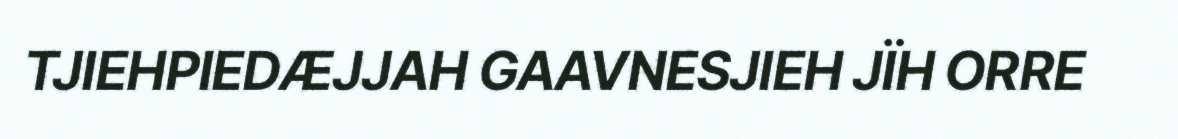
TJIEHPIEDÆJJAH GAAVNESJIEH JÏH ORRE